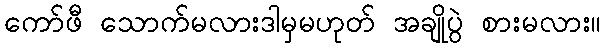
ကော်ဖီ သောက်မလားဒါမှမဟုတ် အချိုပွဲ စားမလား။